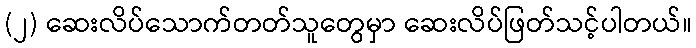
(၂) ဆေးလိပ်သောက်တတ်သူတွေမှာ ဆေးလိပ်ဖြတ်သင့်ပါတယ်။